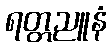
ရတ္တညူနံ